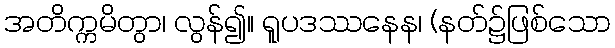
အတိက္ကမိတွာ၊ လွန်၍။ ရူပဒဿနေန၊ (နတ်၌ဖြစ်သော